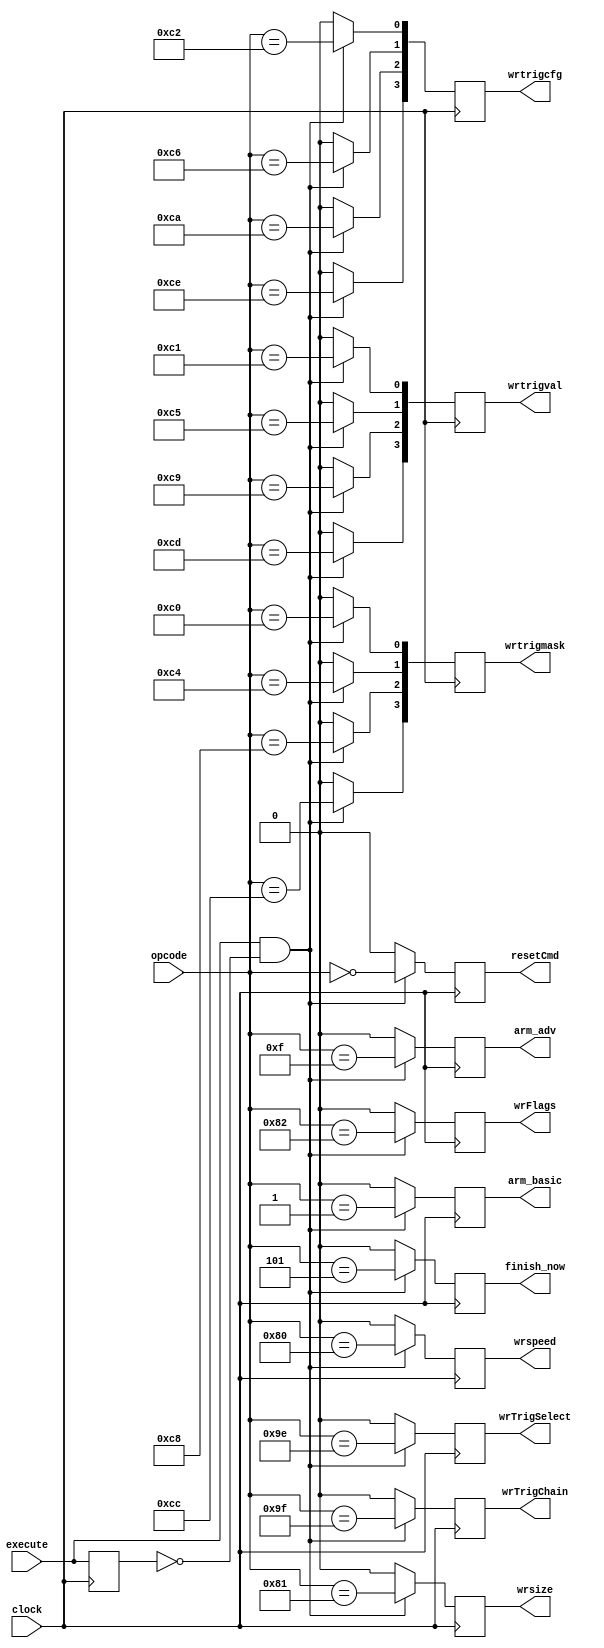
//--------------------------------------------------------------------------------
// decoder.vhd
//
// Copyright (C) 2006 Michael Poppitz
// 
// This program is free software; you can redistribute it and/or modify
// it under the terms of the GNU General Public License as published by
// the Free Software Foundation; either version 2 of the License, or (at
// your option) any later version.
//
// This program is distributed in the hope that it will be useful, but
// WITHOUT ANY WARRANTY; without even the implied warranty of
// MERCHANTABILITY or FITNESS FOR A PARTICULAR PURPOSE. See the GNU
// General Public License for more details.
//
// You should have received a copy of the GNU General Public License along
// with this program; if not, write to the Free Software Foundation, Inc.,
// 51 Franklin St, Fifth Floor, Boston, MA 02110, USA
//
//--------------------------------------------------------------------------------
//
// Details: http://www.sump.org/projects/analyzer/
//
// Takes the opcode from the command received by the receiver and decodes it.
// The decoded command will be executed for one cycle.
//
// The receiver keeps the cmd output active long enough so all the
// data is still available on its cmd output when the command has
// been decoded and sent out to other modules with the next
// clock cycle. (Maybe this paragraph should go in receiver.vhd?)
//
//--------------------------------------------------------------------------------
//
// 12/29/2010 - Verilog Version + cleanups created by Ian Davis - mygizmos.org
// 

`timescale 1ns/100ps

module decoder (
  // system signals
  input  wire       clock,
  // configuration/control signals
  input  wire       execute,
  input  wire [7:0] opcode,
  // decoded ouptputs
  output reg  [3:0] wrtrigmask   = 0,
  output reg  [3:0] wrtrigval    = 0,
  output reg  [3:0] wrtrigcfg    = 0,
  output reg        wrspeed      = 0,
  output reg        wrsize       = 0,
  output reg        wrFlags      = 0,
  output reg        wrTrigSelect = 0,
  output reg        wrTrigChain  = 0,
  output reg        finish_now   = 0,
  output reg        arm_basic    = 0,
  output reg        arm_adv      = 0,
  output reg        resetCmd     = 0
);

//
// Registers...
//
reg dly_execute;

//
// Control logic.  On rising edge of "execute" signal,
// parse "opcode" and make things happen...
//
always @(posedge clock) 
begin
  dly_execute <= execute;

  if (execute & !dly_execute) begin
    // short commands
    resetCmd      <= (opcode == 8'h00);
    arm_basic     <= (opcode == 8'h01);
    // Query ID (decoded in spi_slave.v)
    // Selftest (reserved)
    // Query Meta Data (decoded in spi_slave.v)
    finish_now    <= (opcode == 8'h05);
    // Query input data (decoded in spi_slave.v)
    arm_adv       <= (opcode == 8'h0F);
    // XON (reserved)
    // XOFF (reserved)

    // long commands
    wrspeed       <= (opcode == 8'h80);
    wrsize        <= (opcode == 8'h81);
    wrFlags       <= (opcode == 8'h82);

    wrTrigSelect  <= (opcode == 8'h9E);
    wrTrigChain   <= (opcode == 8'h9F);

    wrtrigmask[0] <= (opcode == 8'hC0);
    wrtrigval [0] <= (opcode == 8'hC1);
    wrtrigcfg [0] <= (opcode == 8'hC2);
    wrtrigmask[1] <= (opcode == 8'hC4);
    wrtrigval [1] <= (opcode == 8'hC5);
    wrtrigcfg [1] <= (opcode == 8'hC6);
    wrtrigmask[2] <= (opcode == 8'hC8);
    wrtrigval [2] <= (opcode == 8'hC9);
    wrtrigcfg [2] <= (opcode == 8'hCA);
    wrtrigmask[3] <= (opcode == 8'hCC);
    wrtrigval [3] <= (opcode == 8'hCD);
    wrtrigcfg [3] <= (opcode == 8'hCE);
  end else begin
    resetCmd      <= 0;
    arm_basic     <= 0;
    finish_now    <= 0;
    arm_adv       <= 0;
    wrspeed       <= 0;
    wrsize        <= 0;
    wrFlags       <= 0;
    wrTrigSelect  <= 0;
    wrTrigChain   <= 0;
    wrtrigmask    <= 0;
    wrtrigval     <= 0;
    wrtrigcfg     <= 0;
  end
end

endmodule